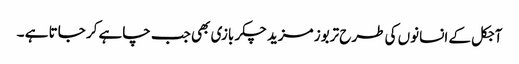
آجکل کے انسانوں کی طرح تربوز مزید چکر بازی بھی جب چاہے کر جاتا ہے ۔